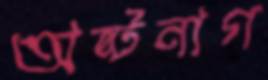
অষ্টনাগ